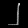
Digit: ၂